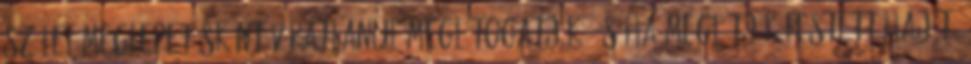
szülei meglepetésként váratlanul meglátogatják, és ha meglátják festett haját,